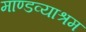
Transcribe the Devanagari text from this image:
माण्डव्याश्रम